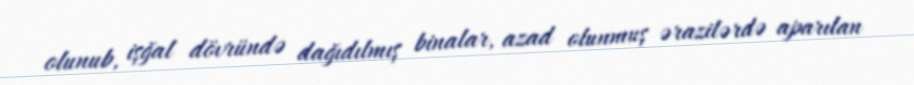
olunub, işğal dövründə dağıdılmış binalar, azad olunmuş ərazilərdə aparılan